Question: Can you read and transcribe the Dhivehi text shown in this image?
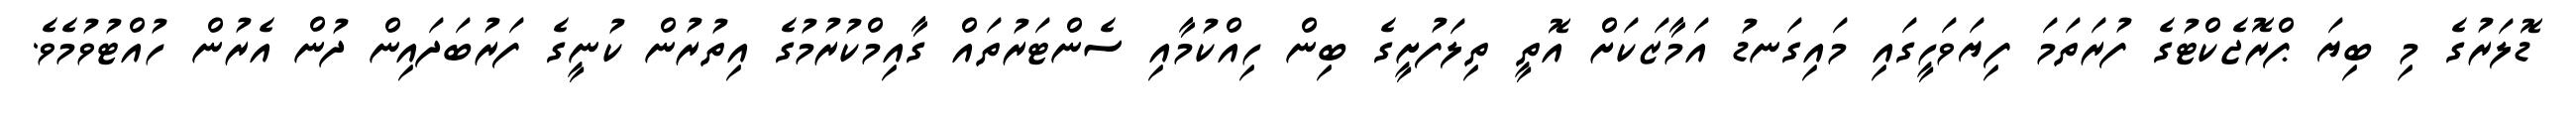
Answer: ޑޮލަރުގެ މި ބިޔަ ޕްރޮޖެކްޓުގެ ފުރަތަމަ ފިޔަވަހީގައި މައިގަނޑު އަމާޒަކަށް އޮތީ ތިލަފުށީގެ ބިން ހިއްކުމާއި ސެންޓަރުތައް ގާއިމްކުރުމުގެ އިތުރުން ކުނީގެ ފަރުބަދައިން ދުން އެރުން ހުއްޓުވުމެވެ.